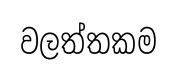
වලත්තකම